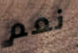
نعم